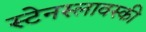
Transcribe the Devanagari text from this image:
स्टेनस्लावस्की